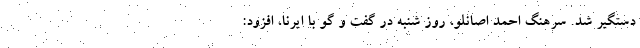
دستگیر شد. سرهنگ احمد اصانلو، روز شنبه در گفت و گو با ایرنا، افزود: